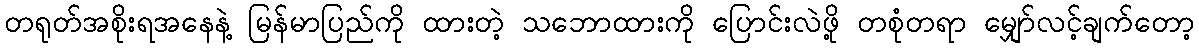
တရုတ်အစိုးရအနေနဲ့ မြန်မာပြည်ကို ထားတဲ့ သဘောထားကို ပြောင်းလဲဖို့ တစုံတရာ မျှော်လင့်ချက်တော့